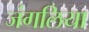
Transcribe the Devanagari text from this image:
जंगलिया